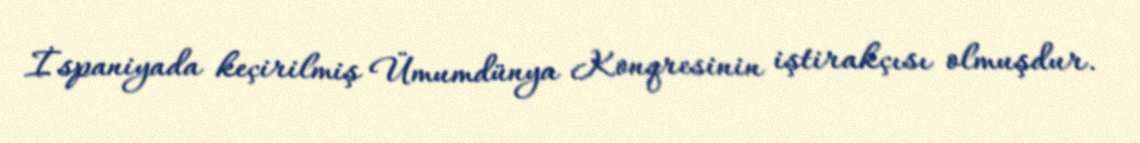
İspaniyada keçirilmiş Ümumdünya Konqresinin iştirakçısı olmuşdur.